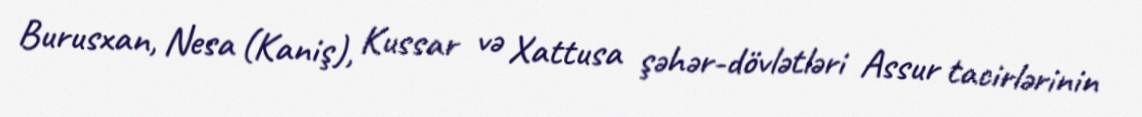
Burusxan, Nesa (Kaniş), Kussar və Xattusa şəhər-dövlətləri Assur tacirlərinin